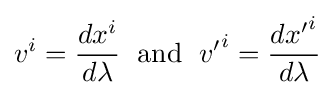
v^{i}={\frac {dx^{i}}{d\lambda }}\;{\mbox{ and }}\;{v'}^{i}={\frac {d{x'}^{i}}{d\lambda }}